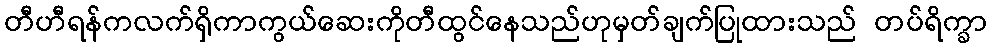
တီဟီရန်ကလက်ရှိကာကွယ်ဆေးကိုတီထွင်နေသည်ဟုမှတ်ချက်ပြုထားသည် တပ်ရိက္ခာ